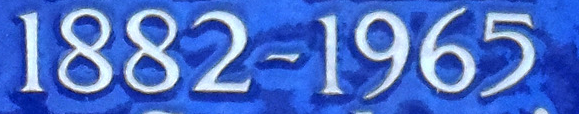
1882-1965